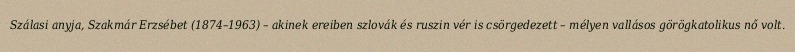
Szálasi anyja, Szakmár Erzsébet (1874–1963) – akinek ereiben szlovák és ruszin vér is csörgedezett – mélyen vallásos görögkatolikus nő volt.